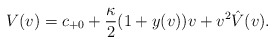
\begin{align*} V(v)=c_{+0}+\frac{\kappa}{2}(1+y(v))v+v^2\hat{V}(v).\end{align*}